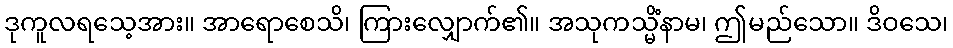
ဒုကူလရသေ့အား။ အာရောစေသိ၊ ကြားလျှောက်၏။ အသုကသ္မိံနာမ၊ ဤမည်သော။ ဒိဝသေ၊